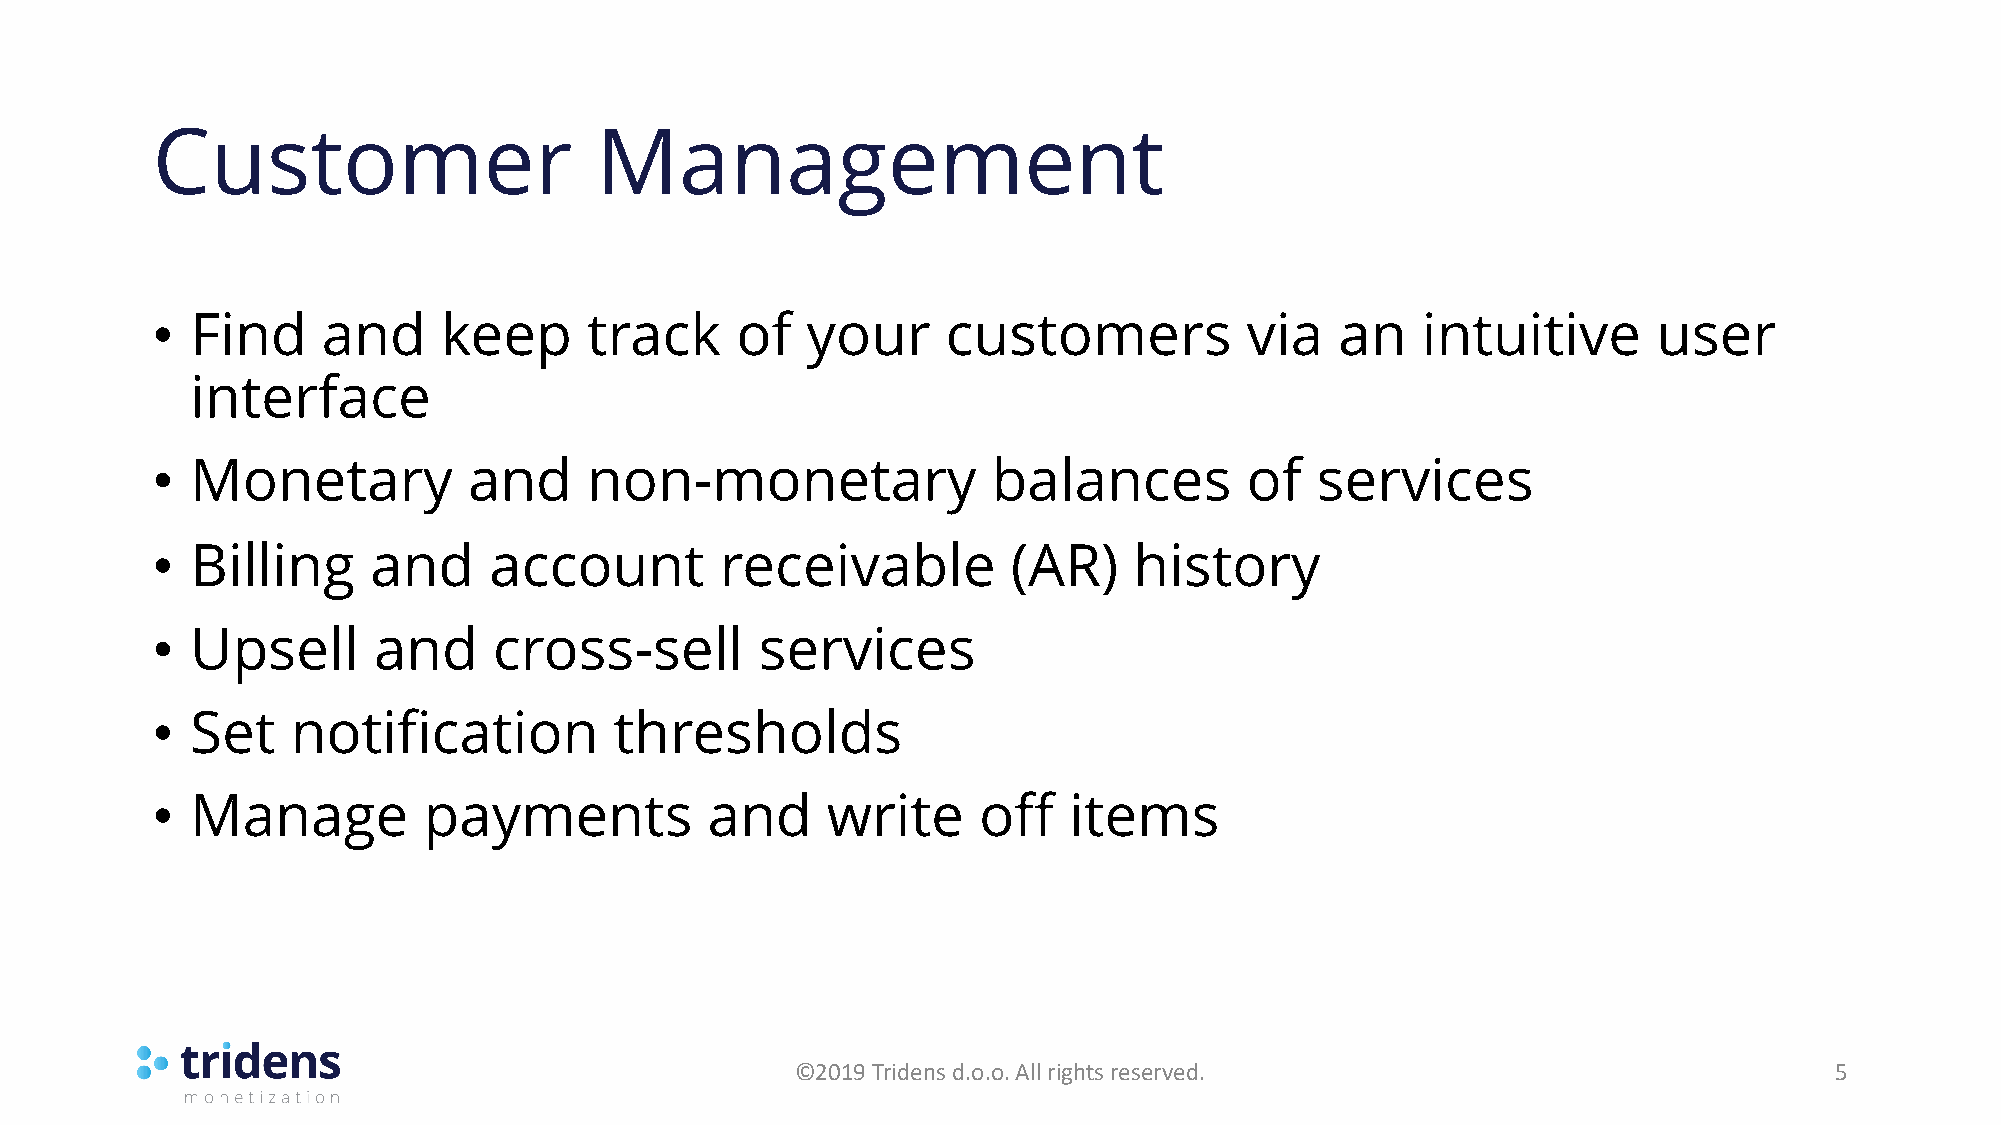
Customer                     Management
 •  Find    and     keep      track     of  your      customers          via    an   intuitive       user
 interface
 •  Monetary          and     non-monetary               balances        of   services
 •  Billing    and     account         receivable         (AR)    history
 •  Upsell      and     cross-sell       services
 •  Set   notification          thresholds
 •  Manage         payments           and     write     off   items
 ©2019 Tridens d.o.o. All rights reserved.                           5